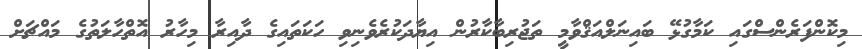
މިކޮންފަރެންސްގައި ކަމާގުޅޭ ބައިނަލްއަޤްވާމީ ތަޖުރިބާކާރުން އިޔާދަކުރެވެނިވި ހަކަތައިގެ ދާއިރާ މިހާރު އޮތްހާލަތުގެ މައްޗަށް